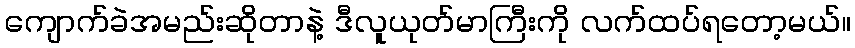
ကျောက်ခဲအမည်းဆိုတာနဲ့ ဒီလူယုတ်မာကြီးကို လက်ထပ်ရတော့မယ်။